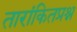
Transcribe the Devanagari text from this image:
तारांकितप्रश्न